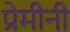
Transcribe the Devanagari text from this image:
प्रेमीनी